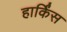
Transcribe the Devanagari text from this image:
हार्किंस